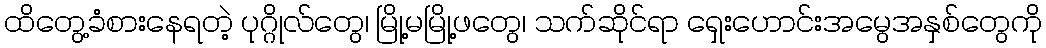
ထိတွေ့ခံစားနေရတဲ့ ပုဂ္ဂိုလ်တွေ၊ မြို့မမြို့ဖတွေ၊ သက်ဆိုင်ရာ ရှေးဟောင်းအမွေအနှစ်တွေကို